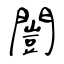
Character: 闓